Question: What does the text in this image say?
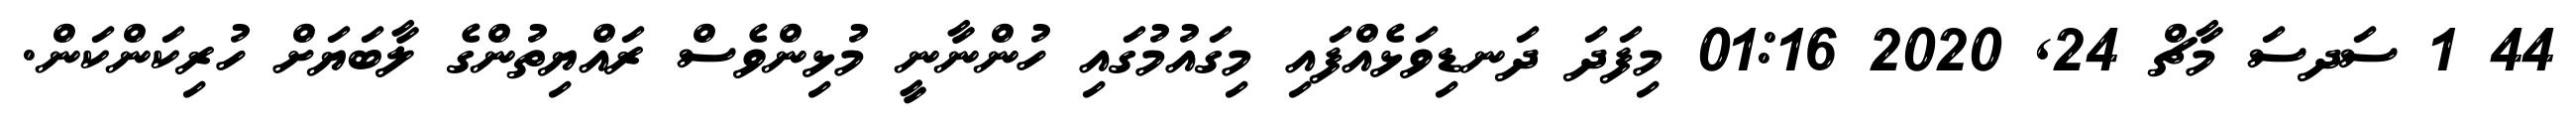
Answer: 44 1 ސަދސަ މާޗް 24, 2020 01:16 މިފަދަ ދަނޑިވަޅެއްފައި މިގައުމުގައި ހުންނާނީ މުޅިންވެސް ރައްޔިތުންގެ ލާބަޔަށް ހުރިކަންކަން.